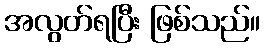
အလွတ်ရပြီး ဖြစ်သည်။